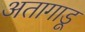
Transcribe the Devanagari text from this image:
अतागाडू